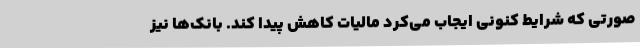
صورتی که شرایط کنونی ایجاب می‌کرد مالیات کاهش پیدا کند. بانک‌ها نیز